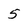
Character: 5